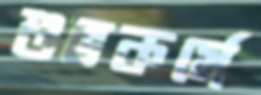
শুভকর্মে